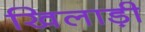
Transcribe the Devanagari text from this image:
खिलाड़ी